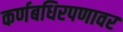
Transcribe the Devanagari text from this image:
कर्णबधिरपणावर